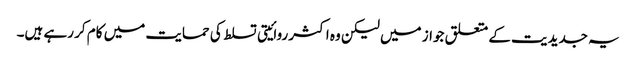
یہ جدیدیت کے متعلق جواز میں لیکن وہ اکثر روائیتی تسلط کی حمایت میں کام کر رہے ہیں۔